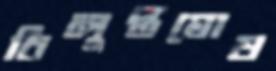
বিলুপ্তঘোষ